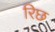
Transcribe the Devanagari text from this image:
रिछ